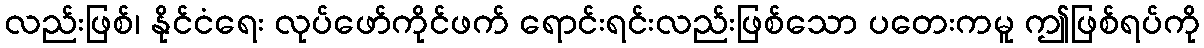
လည်းဖြစ်၊ နိုင်ငံရေး လုပ်ဖော်ကိုင်ဖက် ရောင်းရင်းလည်းဖြစ်သော ပတေးကမူ ဤဖြစ်ရပ်ကို